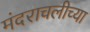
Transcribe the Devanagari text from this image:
मंदराचलीच्या